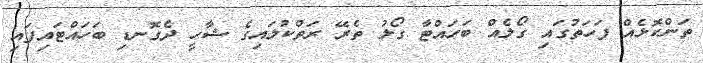
ތަންކޮޅެއް ފަހަތުގައި ގޯލެއް ބަހައްޓާ ގޯލު ތެރޭ ރަތްކުލައިގެ ޝާހީ ދެގޮނޑި ބަހައްޓައިފައި